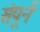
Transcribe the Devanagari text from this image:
संपूर्न